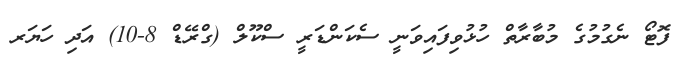
ފޮޓޯ ނެގުމުގެ މުބާރާތް ހުޅުވިފައިވަނީ ސެކަންޑަރީ ސްކޫލް (ގްރޭޑް 8-10) އަދި ހަޔަރ